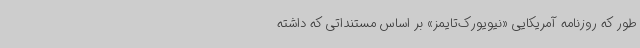
طور که روزنامه آمریکایی «نیویورک‌تایمز» بر اساس مستنداتی که داشته